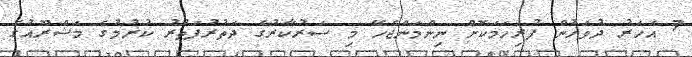
7 އަހަރު ދުވަހުން ފުރިހަމަކޮށް ނިންމަންޖެހޭ މި ސަރުކާރުގެ ދަތުރުފަތުރު ކުރުމުގެ މަޝްރޫއުގެ